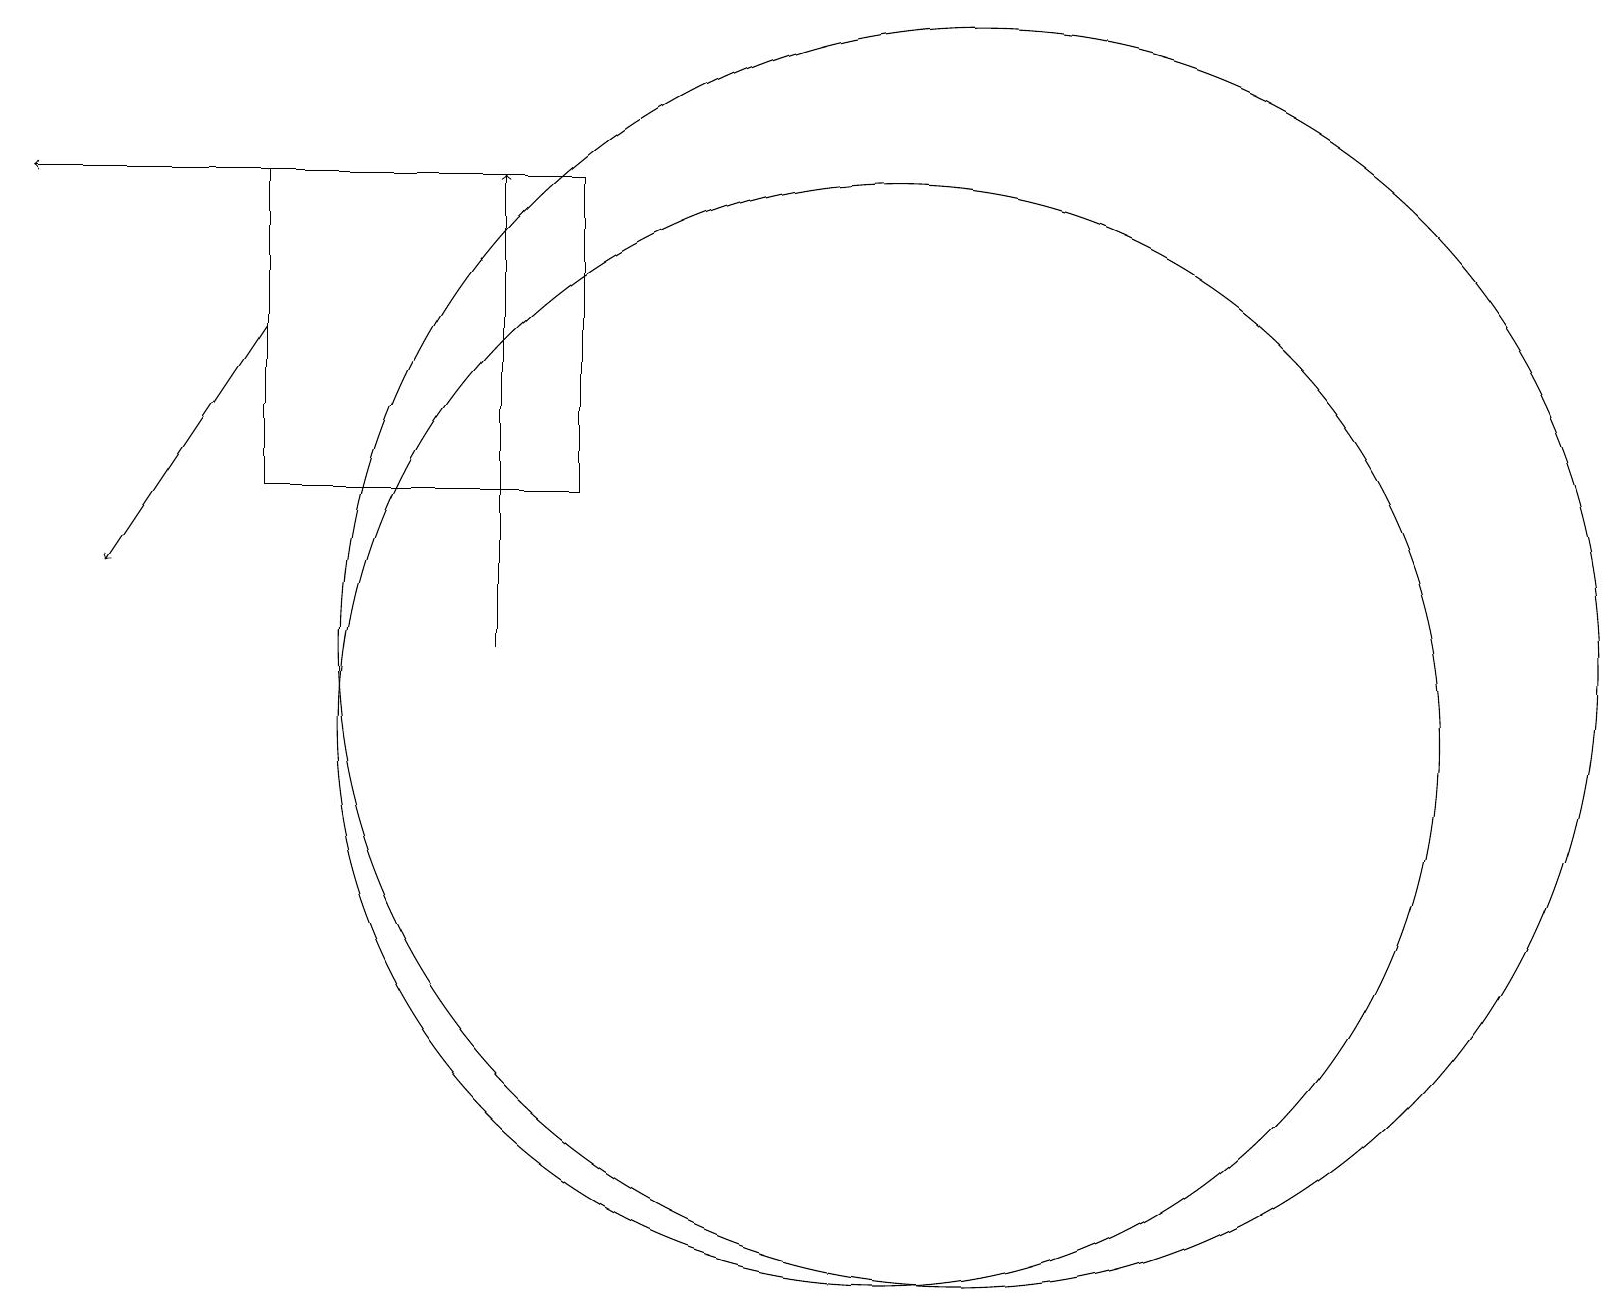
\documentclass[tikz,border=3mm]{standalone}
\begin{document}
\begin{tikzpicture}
\draw[->] (6,11) -- (6,17);
\draw[->] (5,17) -- (0,17);
\draw (11,10) circle (7);
\draw (3,17) rectangle (7,13);
\draw (12,11) circle (8);
\draw[->] (3,15) -- (1,12);
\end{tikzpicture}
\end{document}